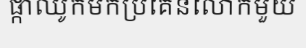
ផ្កាឈូកមកប្រគេនលោកមួយ